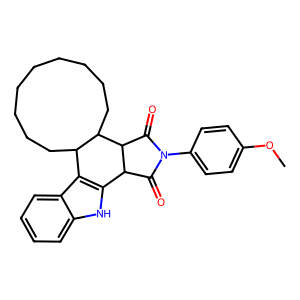
SMILES: COc1ccc(N2C(=O)C3c4[nH]c5ccccc5c4C4CCCCCCCCCC4C3C2=O)cc1
Inhibits HIV replication: No